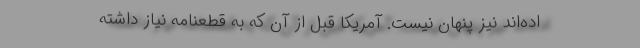
اده‌اند نیز پنهان نیست. آمریکا قبل از آن که به قطعنامه نیاز داشته